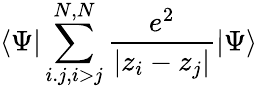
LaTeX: \left<\Psi\right|\sum_{i.j,i>j}^{N,N}\frac{e^{2}}{|z_{i}-z_{j}|}\left|\Psi\right>